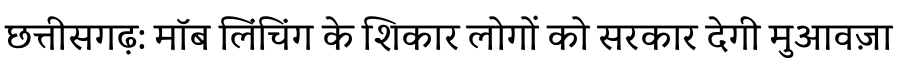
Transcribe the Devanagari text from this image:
छत्तीसगढ़: मॉब लिंचिंग के शिकार लोगों को सरकार देगी मुआवज़ा